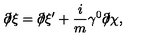
\partial \! \! \! / \xi = \partial \! \! \! / \xi ^ { \prime } + \frac { i } { m } \gamma ^ { 0 } \partial \! \! \! / \chi ,